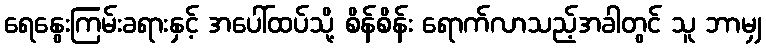
ရေနွေးကြမ်းခရားနှင့် အပေါ်ထပ်သို့ စိန်စိန်း ရောက်လာသည့်အခါတွင် သူ ဘာမျှ